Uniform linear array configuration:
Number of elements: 12
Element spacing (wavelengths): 1
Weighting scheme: hamming
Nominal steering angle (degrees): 15
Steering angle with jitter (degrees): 13.707
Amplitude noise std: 0.05
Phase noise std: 0.05

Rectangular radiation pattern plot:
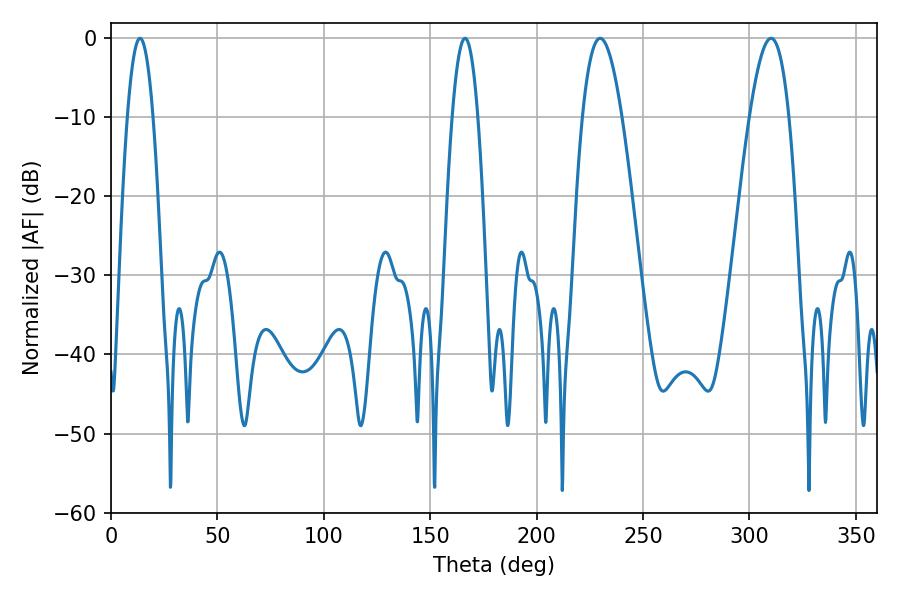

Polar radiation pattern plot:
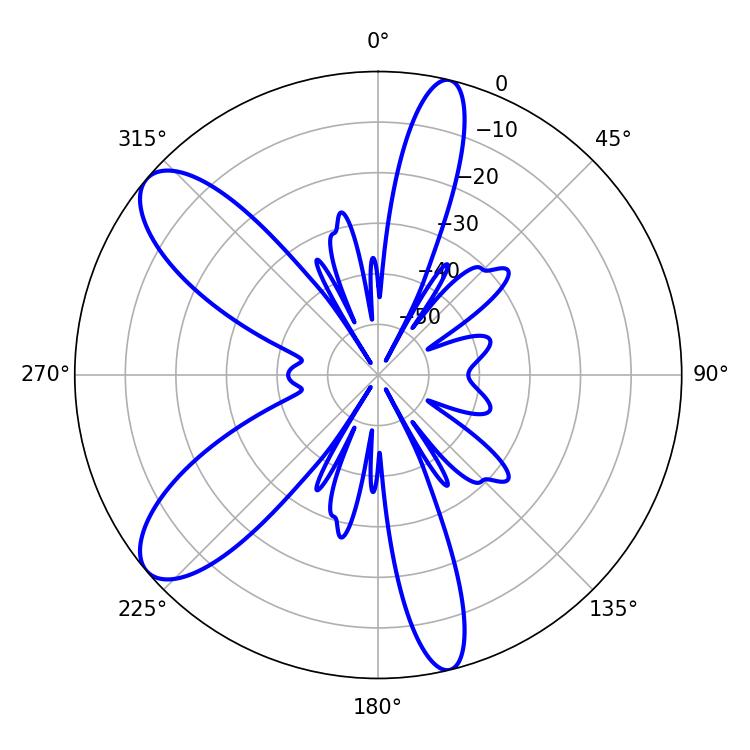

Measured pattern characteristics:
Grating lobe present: TRUE
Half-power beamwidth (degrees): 10.26
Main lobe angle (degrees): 229.86